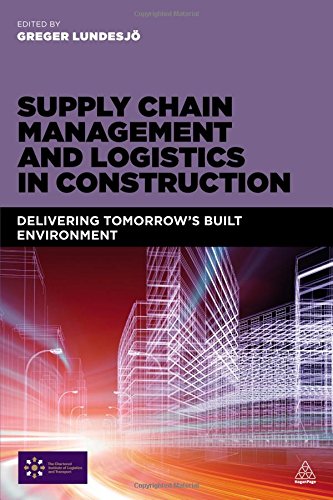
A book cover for Supply Chain Management and Logistics in Construction: Delivering Tomorrow's Built Environment; Business & Money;